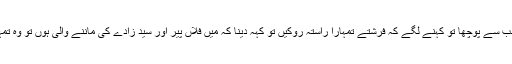
خیر انہوں نے اپنے پیر صاحب سے پوچھا تو کہنے لگے کہ فرشتے تمہارا راستہ روکیں تو کہہ دینا کہ میں فلاں پیر اور سید زادے کی ماننے والی ہوں تو وہ تمہارا راستہ صاف کر دیں گے۔